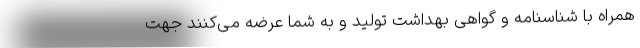
همراه با شناسنامه و گواهی بهداشت تولید و به شما عرضه می‌­کنند جهت